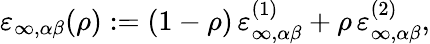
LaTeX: \varepsilon_{\infty,\alpha\beta}(\rho):=(1-\rho)\, \varepsilon_{\infty,\alpha\beta}^{(1)}+\rho\, \varepsilon_{\infty,\alpha\beta}^{(2)},